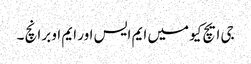
جی ایچ کیو میں ایم ایس اور ایم او برانچ ۔